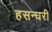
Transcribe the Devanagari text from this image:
हसन्घरी